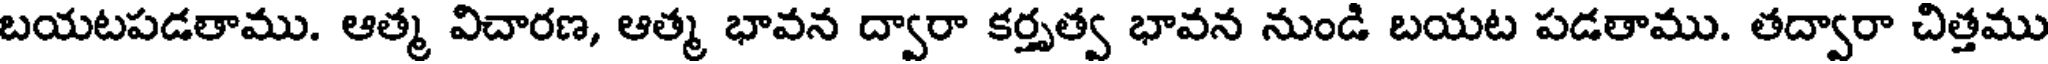
బయటపడతాము. ఆత్మ విచారణ, ఆత్మ భావన ద్వారా కర్తృత్వ భావన నుండి బయట పడతాము. తద్వారా చిత్తము